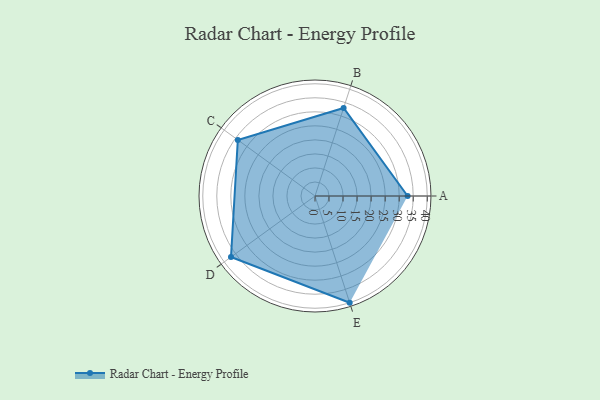
{"axis": {"x": "Skill", "y": "Score"}, "legend": ["Profile"], "data": [{"x": "A", "y": 33.0, "type": "Profile"}, {"x": "B", "y": 33.0, "type": "Profile"}, {"x": "C", "y": 34.0, "type": "Profile"}, {"x": "D", "y": 37.0, "type": "Profile"}, {"x": "E", "y": 40.0, "type": "Profile"}]}